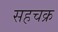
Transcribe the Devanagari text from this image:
सहचक्र